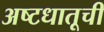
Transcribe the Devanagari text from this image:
अष्टधातूची